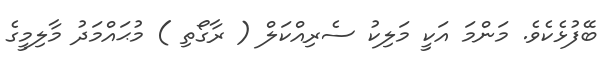
ބޭފުޅެކެވެ. މަންމަ އަކީ މަލިކު ސެރިއްކަލް ( ރާގޯތި ) މުޙައްމަދު މާލިމީގެ